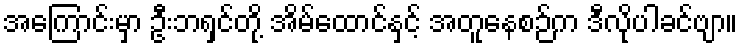
အကြောင်းမှာ ဦးဘရှင်တို့ အိမ်ထောင်နှင့် အတူနေစဉ်က ဒီလိုပါခင်ဗျာ။